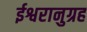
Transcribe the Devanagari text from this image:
ईश्वरानुग्रह